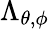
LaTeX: \Lambda_{\theta,\phi}